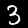
Digit: 3